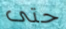
حتى